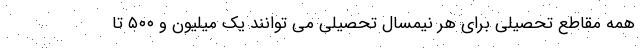
همه مقاطع تحصیلی برای هر نیمسال تحصیلی می توانند یک میلیون و ۵۰۰ تا